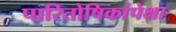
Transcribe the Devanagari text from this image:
पारितोषिकांपेक्षा